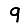
Digit: 9